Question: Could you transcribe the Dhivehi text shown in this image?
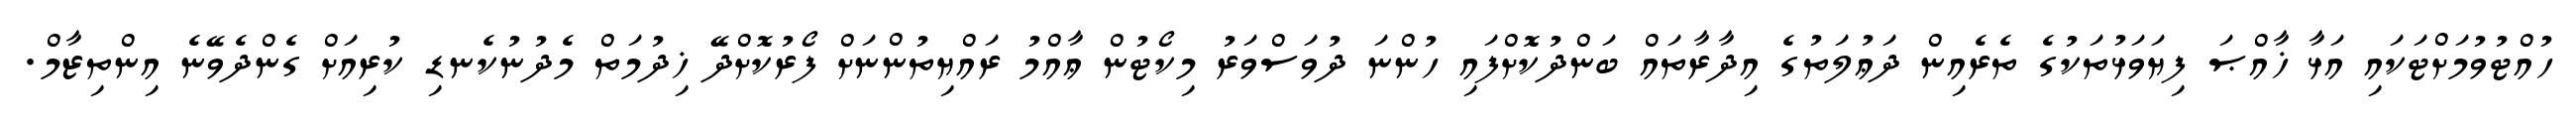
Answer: ހުއްޓުވުމަށްޓަކައި އަޅާ ޚާއްޞަ ފިޔަވަޅުތަކުގެ ތެރެއިން ދަޢުލަތުގެ އިދާރާތައް ބަންދުކޮށްފައި ހުންނަ ދުވަސްވަރު މިކޯޓުން ޢާއްމު ރައްޔިތުންނަށް ފޯރުކޮށްދޭ ޚިދުމަތް މެދުނުކެނޑި ކުރިއަށް ގެންދެވޭނެ އިންތިޒާމް.